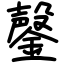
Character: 鏧